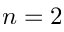
n = 2